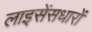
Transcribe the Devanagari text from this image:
लाइसेंसधारों